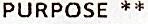
PURPOSE **